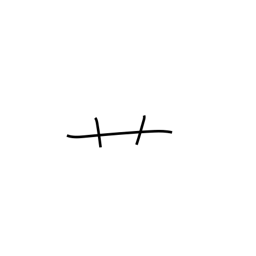
Meaning: radical number 140